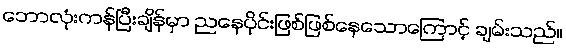
ဘောလုံးကန်ပြီးချိန်မှာ ညနေပိုင်းဖြစ်ဖြစ်နေသောကြောင့် ချမ်းသည်။